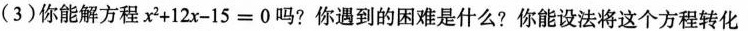
(3)你能解方程x+12x-15=0吗?你遇到的困难是什么?你能设法将这个方程转化